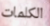
الكلمات